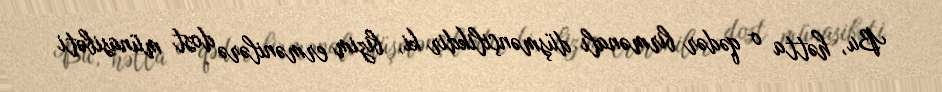
Bu, hətta o qədər birmənalı düşmənçilikdir ki, bizim ermənilərə dost münasibəti